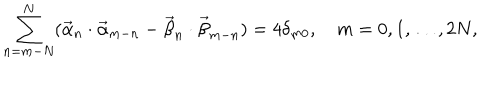
LaTeX: \sum _ { n = m - N } ^ { N } ( \vec { \alpha } _ { n } \cdot \vec { \alpha } _ { m - n } - \vec { \beta } _ { n } \cdot \vec { \beta } _ { m - n } ) = 4 \delta _ { m 0 } , \quad m = 0 , 1 , \dots , 2 N ,